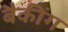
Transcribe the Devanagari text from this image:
बैकींग